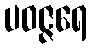
ပဝဇ္ဇရေ